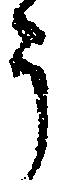
う